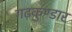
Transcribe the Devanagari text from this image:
गढ़कुण्डार